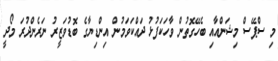
މި ސްޕޭސް މިޝަންއާއި ބެހޭގޮތުން ވާހަކަފުޅު ދައްކަވަމުން އިންޑިޔާގެ ބޮޑުވަޒީރު ނަރެންދުރަ މޯދީ